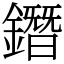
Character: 鐕